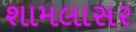
શામલાસર